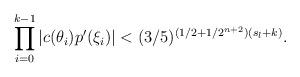
LaTeX: \begin{align*}\prod \limits^{k-1}_{i = 0} |c(\theta_i)p'(\xi_i)| < (3/5)^{(1/2 + 1/2^{n+2})(s_l + k)} .\end{align*}